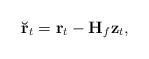
LaTeX: \begin{align*} \mathbf{\breve{r}}_{t} = \mathbf{r}_{t} - \mathbf{H}_{f} \mathbf{z}_{t},\end{align*}